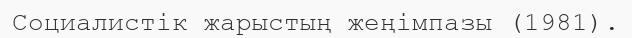
Социалистік жарыстың жеңімпазы (1981).